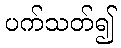
ပက်သတ်၍